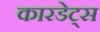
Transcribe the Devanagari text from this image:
कारडेट्स